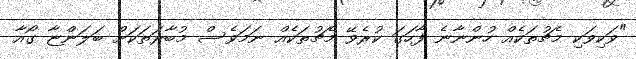
"ވަކިވަކި މެޗުތަކެއް ހުންނާނެ ފާހަގަ ކުރެވޭ މެޗުތަކެއް ނަމަވެސް މުބާރަތަކަށް ބަލަންޏާ ގޯއާ